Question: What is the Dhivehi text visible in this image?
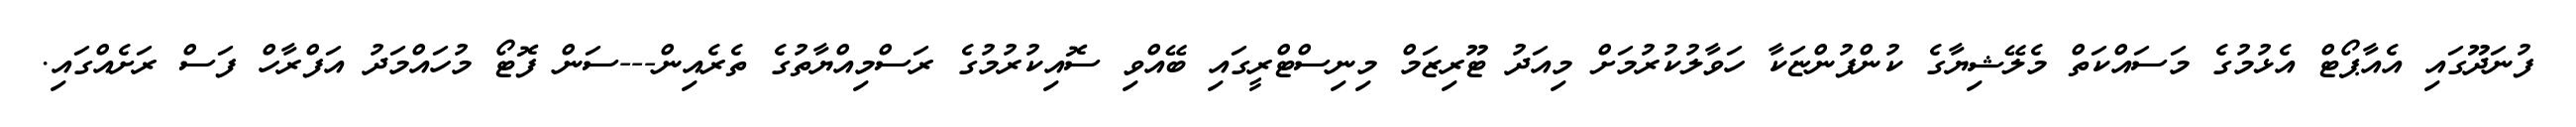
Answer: ފުނަދޫގައި އެއާޕޯޓް އެޅުމުގެ މަސައްކަތް މެލޭޝިޔާގެ ކުންފުންޏަކާ ހަވާލުކުރުމަށް މިއަދު ޓޫރިޒަމް މިނިސްޓްރީގައި ބޭއްވި ސޮއިކުރުމުގެ ރަސްމިއްޔާތުގެ ތެރެއިން---ސަން ފޮޓޯ މުހައްމަދު އަފްރާހް ފަސް ރަށެއްގައި.